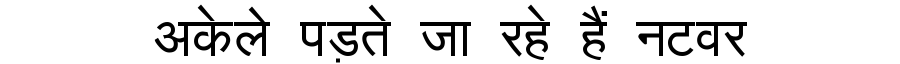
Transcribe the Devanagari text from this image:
अकेले पड़ते जा रहे हैं नटवर